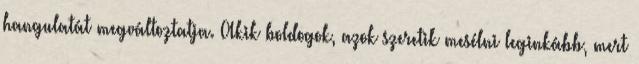
hangulatát megváltoztatja. Akik boldogok, azok szeretik mesélni leginkább, mert